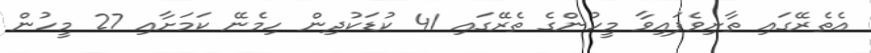
އެތެރޭގައި ތާށިވެފައިވާ މީހުންގެ ތެރޭގައި 41 ކުޑަކުދިން ހިމެނޭ ކަމަށާއި 27 މީހުން